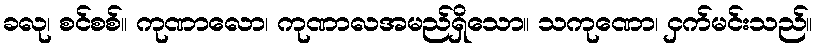
ခလု၊ စင်စစ်။ ကုဏာလော၊ ကုဏာလအမည်ရှိသော။ သကုဏော၊ ငှက်မင်းသည်။